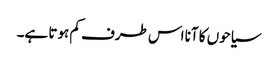
سیاحوں کا آنا اس طرف کم ہوتا ہے۔